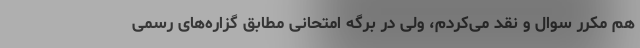
هم مکرر سوال و نقد می‌کردم، ولی در برگه امتحانی مطابق گزاره‌های رسمی